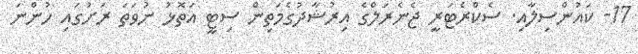
17- ކައުންސިލާއި. ސެކްރެޓަރީ ޖެނެރަލްގެ އިރުޝާދުގެމަތިން ސިޓީ އަތޮޅު ނުވަތަ ރަށުގައި ހުންނަ